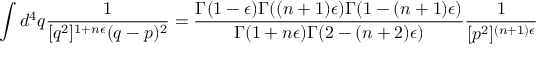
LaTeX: \int d ^ { 4 } q { \frac { 1 } { [ q ^ { 2 } ] ^ { 1 + n \epsilon } ( q - p ) ^ { 2 } } } = { \frac { \Gamma ( 1 - \epsilon ) \Gamma ( ( n + 1 ) \epsilon ) \Gamma ( 1 - ( n + 1 ) \epsilon ) } { \Gamma ( 1 + n \epsilon ) \Gamma ( 2 - ( n + 2 ) \epsilon ) } } { \frac { 1 } { [ p ^ { 2 } ] ^ { ( n + 1 ) \epsilon } } }